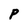
Character: P